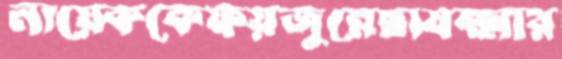
নায়েককেফয়জুন্নেছাযক্ষ্মার